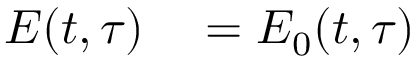
\begin{array} { r l } { E ( t , \tau ) } & { { } = E _ { 0 } ( t , \tau ) } \end{array}